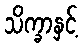
သိက္ခာနှင့်